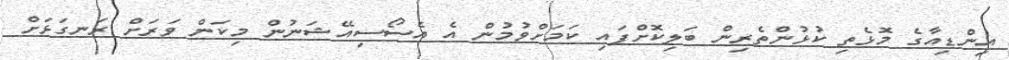
އިންޑިއާގެ މޮޅެތި ކުޅުންތެރިން ބަލިކޮށްފައި ކަމަށްވުމުން އެ އެސޯސިއޭޝަނުން މިކަން ވަރަށް ރަނގަޅަށް